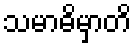
သမာဓိမှာတိ